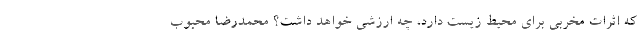
که اثرات مخربی برای محیط زیست دارد، چه ارزشی خواهد داشت؟ محمدرضا محبوب